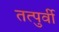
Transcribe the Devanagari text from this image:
तत्‍पुर्वी